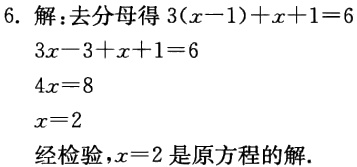
解：去分母得\(3(x - 1)+x + 1 = 6\)

\(3x - 3 + x + 1 = 6\)

\(4x = 8\)

\(x = 2\)

经检验，\(x = 2\)是原方程的解.